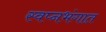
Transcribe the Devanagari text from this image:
स्वप्नभंगात